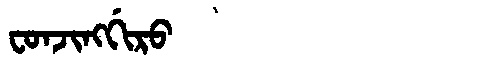
Manchu: ᠸᠣᠨᠵᡳᠩᡤᡳᡵᠣ
Romanization: FONJINGGIRO